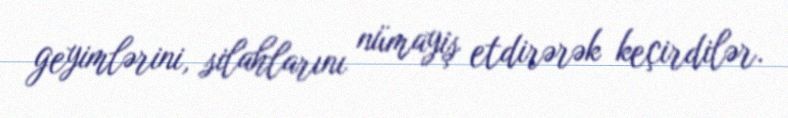
geyimlərini, silahlarını nümayiş etdirərək keçirdilər.